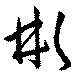
彬